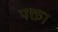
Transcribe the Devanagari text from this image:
पक्ता